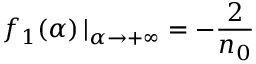
\mathop { f _ { 1 } ( \alpha ) } | _ { \alpha \to + \infty } = - \frac { 2 } { n _ { 0 } }